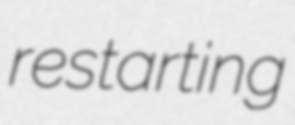
restarting